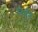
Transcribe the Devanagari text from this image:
निर्धुम